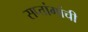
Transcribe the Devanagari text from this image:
सप्तांगांची